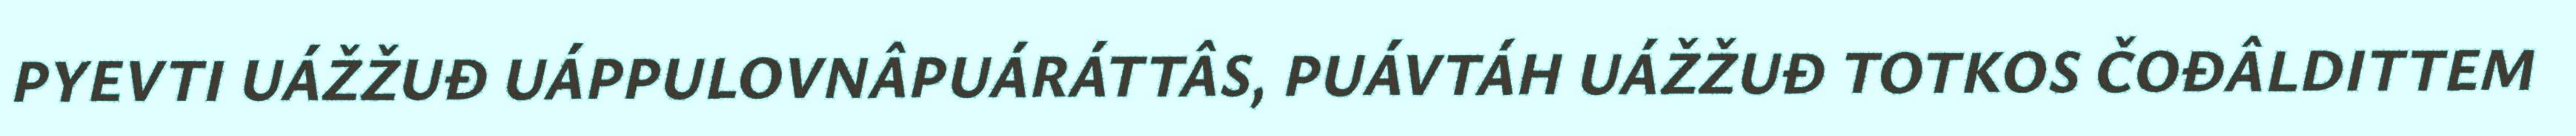
PYEVTI UÁŽŽUĐ UÁPPULOVNÂPUÁRÁTTÂS, PUÁVTÁH UÁŽŽUĐ TOTKOS ČOĐÂLDITTEM